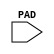
//    Xilinx Proprietary Primitive Cell X_IPAD for Verilog
//
// $Header: /devl/xcs/repo/env/Databases/CAEInterfaces/versclibs/data/X_IPAD.v,v 1.9 2003/01/21 02:38:36 wloo Exp $
//

`timescale 1 ps/1 ps

module X_IPAD (PAD);

  input PAD;

endmodule